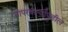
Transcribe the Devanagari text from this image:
वापरकर्त्यांपुढील